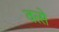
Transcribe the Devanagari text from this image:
वत्से